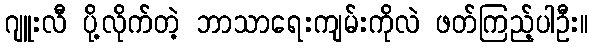
ဂျူးလီ ပို့လိုက်တဲ့ ဘာသာရေးကျမ်းကိုလဲ ဖတ်ကြည့်ပါဦး။